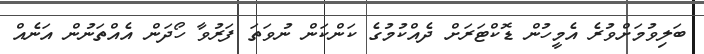
ބަލިވުމަށްވުރެ އެމީހުން ޑޮކްޓަރަށް ދެއްކުމުގެ ކަންކަން ނުވަތަ ފަރުވާ ހޯދަން އެއްތަނުން އަނެއް